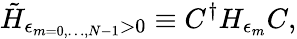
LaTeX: \tilde{H}_{\epsilon_{m=0,\dots,N-1}>0}\equiv C^{\dagger}H_{\epsilon_{m}}C,